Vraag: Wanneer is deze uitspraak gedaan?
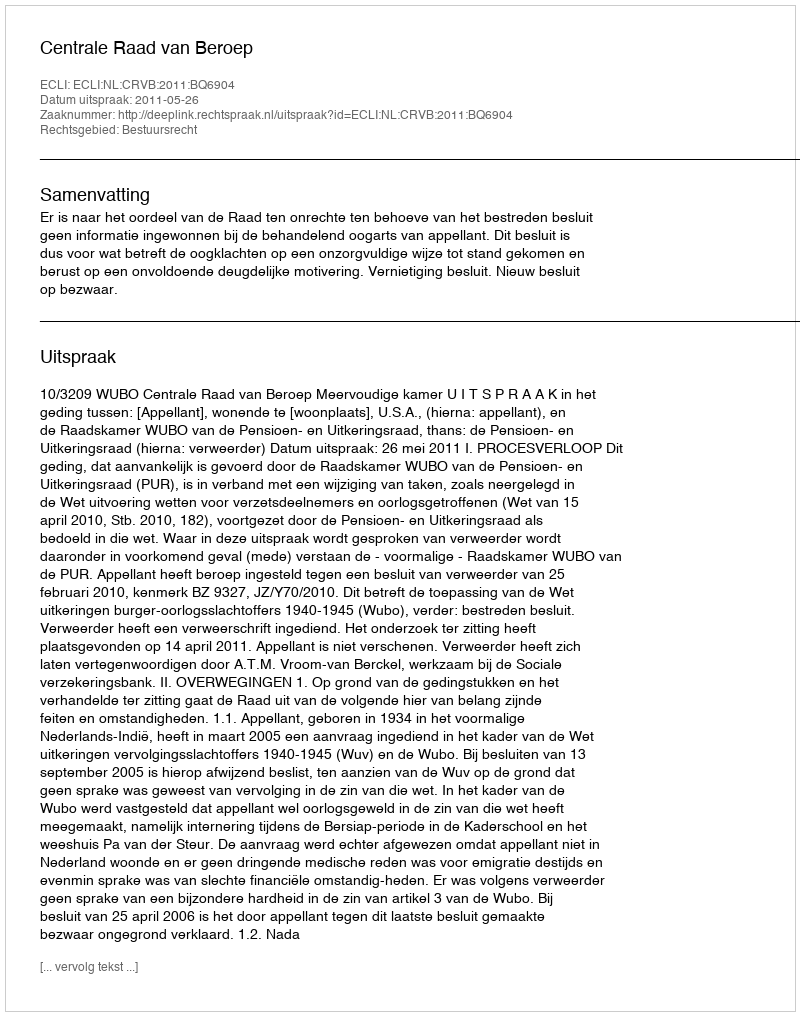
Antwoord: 2011-05-26